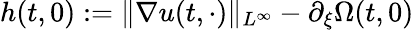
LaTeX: h(t,0):=\| \nabla u(t,\cdot)\| _{L^{\infty}}-\partial_{\xi}\Omega(t,0)